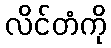
လိင်တံကို